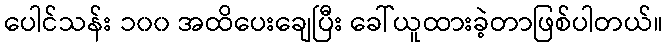
ပေါင်သန်း ၁၀၀ အထိပေးချေပြီး ခေါ်ယူထားခဲ့တာဖြစ်ပါတယ်။